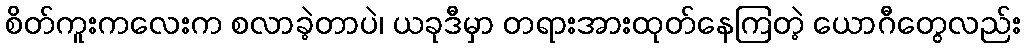
စိတ်ကူးကလေးက စလာခဲ့တာပဲ၊ ယခုဒီမှာ တရားအားထုတ်နေကြတဲ့ ယောဂီတွေလည်း